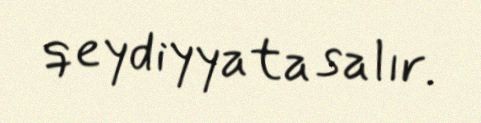
qeydiyyata salır.